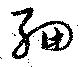
細